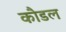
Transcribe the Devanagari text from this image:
कौडल